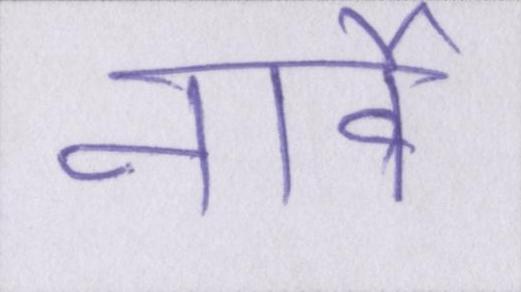
नार्वे